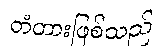
တံတားဖြစ်သည်